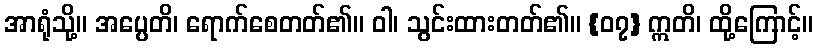
အာရုံသို့။ အပ္ပေတိ၊ ရောက်စေတတ်၏။ ဝါ၊ သွင်းထားတတ်၏။ {၀၇} ဣတိ၊ ထို့ကြောင့်။